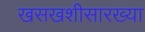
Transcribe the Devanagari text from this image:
खसखशीसारख्या